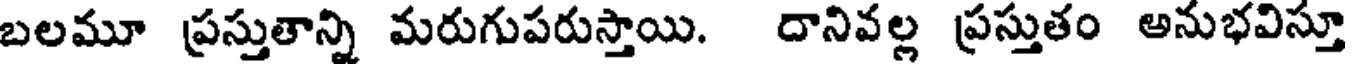
బలమూ ప్రస్తుతాన్ని మరుగుపరుస్తాయి. దానివల్ల ప్రస్తుతం అనుభవిస్తూ